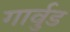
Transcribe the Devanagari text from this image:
गार्वुड